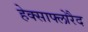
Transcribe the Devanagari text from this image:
हेक्साफ्लोरैद